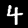
Label: 4